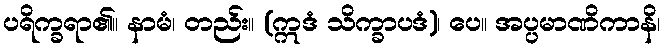
ပရိက္ခရာ၏။ နာမံ၊ တည်း။ (ဣဒံ သိက္ခာပဒံ)၊ ပေ။ အပ္ပမာဏိကာနိ၊